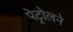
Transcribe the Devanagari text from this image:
पेट्रोलने